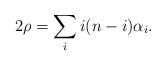
LaTeX: \begin{align*} 2 \rho = \sum_i {i(n-i)} \alpha_i. \end{align*}